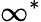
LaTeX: \infty^{\ast}